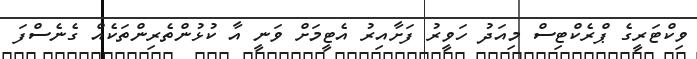
ވިކްޓަރީގެ ޕްރެކްޓިސް މިއަދު ހަވީރު ފަށާއިރު އެޓީމަށް ވަނީ އާ ކުޅުންތެރިންތަކެއް ގެނެސްފަ